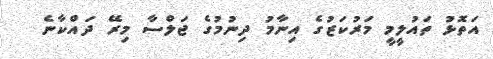
އަތޮޅު ތައުލީމީ މަރުކަޒުގެ އިނާމު ދިނުމުގެ ޖަލްސާ މިރޭ ދައްކާނެ